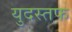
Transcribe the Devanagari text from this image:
युदस्तफ